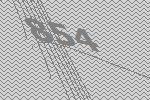
854